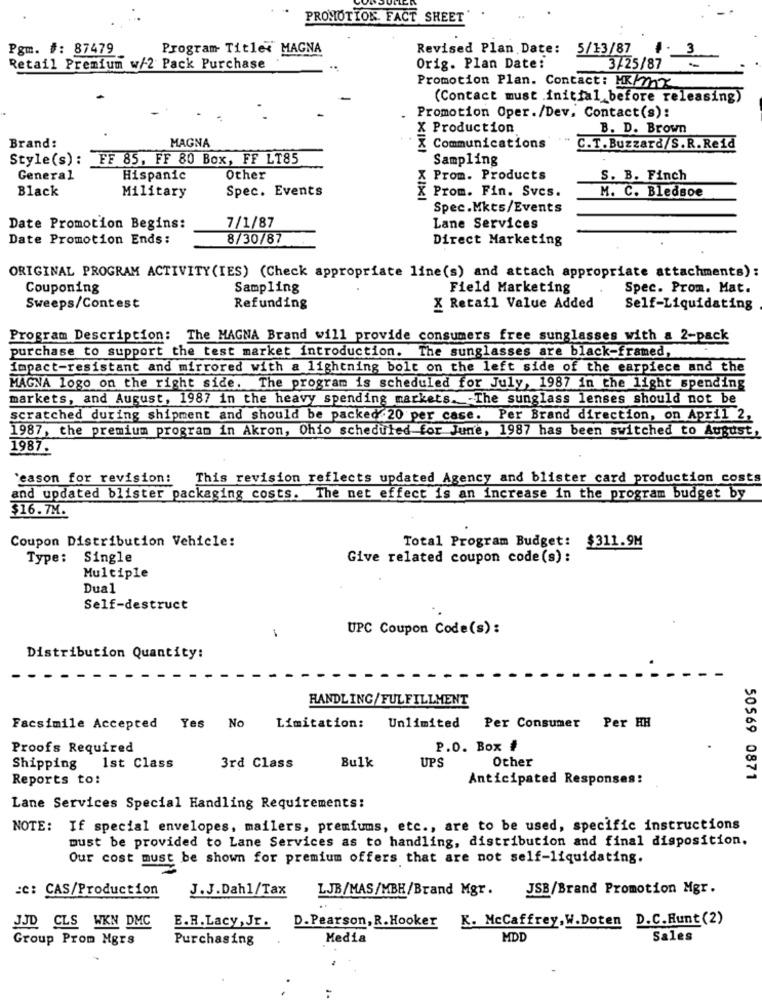
PROMOTION. FACT SHEET
Pgm. #: 87479
Program Titler MAGNA
Revised Plan Date: 5/13/87
3
Retail Premium w/2 Pack Purchase
Orig. Plan Date:
3/25/87
Promotion Plan. Contact: MR/27
(Contact must .initial_before releasing)
Promotion Oper./Dev, Contact(s):
X Production
B. D. Brown
MAGNA
Brand:
X Communications
C.T.Buzzard/S.R.Reid
Style(s): FF 85, FF 80 Box, FF LT85
Sampling
General
Hispanic
Other
X Prom. Products
S. B. Finch
Black
Military
Spec. Events
M. C. Bledsoe
X Prom. Fin. Svcs.
Spec.Mkts/Events
Date Promotion Begins:
7/1/87
Lane Services
Date Promotion Ends:
8/30/87
Direct Marketing
ORIGINAL PROGRAM ACTIVITY (IES) (Check appropriate line(s) and attach appropriate attachments):
Couponing
Sampling
Field Marketing
Spec. Prom. Mat.
Sweeps/Contest
Refunding
X Retail Value Added
Self-Liquidating
Program Description: The MAGNA Brand will provide consumers free sunglasses with a 2-pack
purchase to support the test market introduction. The sunglasses are black-framed,
impact-resistant and mirrored with a lightning bolt on the left side of the earpiece and the
MAGNA logo on the right side. The program is scheduled for July, 1987 in the light spending
markets, and August, 1987 in the heavy spending markets. The sunglass lenses should not be
scratched during shipment and should be packed .20 per case. Per Brand direction, on April 2,
1987, the premium program in Akron, Ohio scheduled for June, 1987 has been switched to August
1987.
`eason for revision:
This revision reflects updated Agency and blister card production costs
and updated blister packaging costs. The net effect is an increase in the program budget by
$16.7M.
Coupon Distribution Vehicle:
Total Program Budget: $311.9M
Type: Single
Give related coupon code(s):
Multiple
Dual
Self-destruct
1
UPC Coupon Code(s):
Distribution Quantity:
HANDLING/ FULFILLMENT
Facsimile Accepted Yes No
Limitation: Unlimited Per Consumer Per HH
Proofs Required
P.O. Box #
Bulk
Other
Shipping 1st Class
3rd Class
UPS
Reports to:
Anticipated Responses:
50569 0871
Lane Services Special Handling Requirements:
NOTE: If special envelopes, mailers, premiums, etc ., are to be used, specific instructions
must be provided to Lane Services as to handling, distribution and final disposition.
Our cost must be shown for premium offers that are not self-liquidating.
:C: CAS/Production
J.J.Dahl/Tax
LJB/MAS/MBH/Brand Mgr.
JSB/Brand Promotion Mgr.
D. Pearson, R. Hooker K. McCaffrey, W.Doten D.C. Hunt (2)
JJD CLS WKN DMC
E.H. Lacy , Jr.
Group Prom Mgrs
Purchasing
Media
MDL
Sales